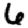
Digit: 6